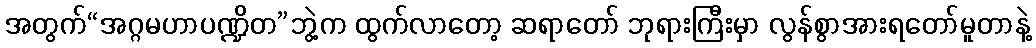
အတွက်“အဂ္ဂမဟာပဏ္ဍိတ”ဘွဲ့က ထွက်လာတော့ ဆရာတော် ဘုရားကြီးမှာ လွန်စွာအားရတော်မူတာနဲ့